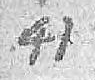
41